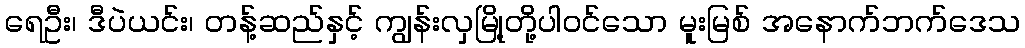
ရေဦး၊ ဒီပဲယင်း၊ တန့်ဆည်နှင့် ကျွန်းလှမြို့တို့ပါဝင်သော မူးမြစ် အနောက်ဘက်ဒေသ